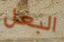
البغل